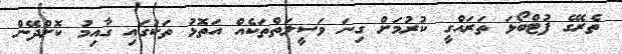
ތެރޭގެ ފުޓްބޯޅަ ތަރައްގީ ކުރުމަށް ގިނަ ވަސީލަތްތަކެއް އަތޮޅު ތަކުގައި ގާއިމު ކޮށްދޭން